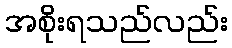
အစိုးရသည်လည်း